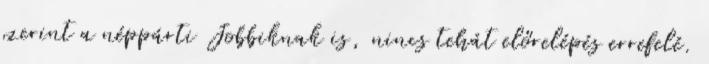
szerint a néppárti Jobbiknak is, nincs tehát előrelépés errefelé.